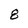
Character: 8